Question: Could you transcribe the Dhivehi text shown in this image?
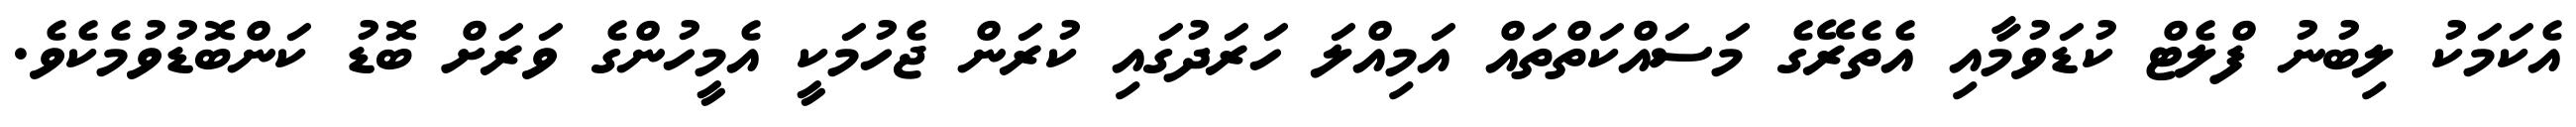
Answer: އެކަމަކު ލިބުނު ފްލެޓް ކުޑަވުމާއި އެތެރޭގެ މަސައްކަތްތައް އަމިއްލަ ހަރަދުގައި ކުރަން ޖެހުމަކީ އެމީހުންގެ ވަރަށް ބޮޑު ކަންބޮޑުވުމެކެވެ.